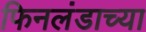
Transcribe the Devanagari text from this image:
फिनलंडाच्या